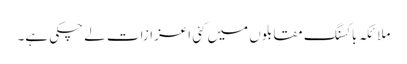
ملائکہ باکسنگ مقابلوں میں کئی اعزازات لے چکی ہے۔